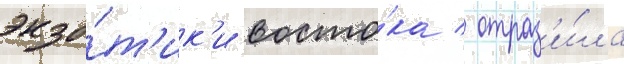
экзо́т'ик'и восто́ка / отраз'и́ла